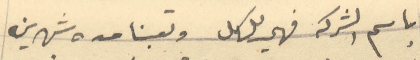
باسم الشركه فهي لك وتعبنا مده شهرين